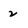
Character: 2